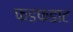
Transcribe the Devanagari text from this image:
फडफडाट